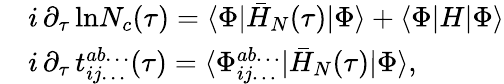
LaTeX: \begin{array}{rl}&{i\, \partial_{\tau}\, \mathrm{ln}N_{c}(\tau)=\langle\Phi|\bar{H}_{N}(\tau)|\Phi\rangle+\langle\Phi|H|\Phi\rangle}\\ &{i\, \partial_{\tau}\, t_{ij\dots}^{ab\dots}(\tau)=\langle\Phi_{ij\dots}^{ab\dots}|\bar{H}_{N}(\tau)|\Phi\rangle,}\end{array}